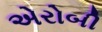
એરોબી